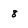
Character: 8